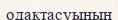
одақтасуының